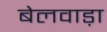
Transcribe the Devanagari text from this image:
बेलवाड़ा